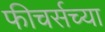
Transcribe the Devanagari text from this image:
फीचर्सच्या